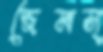
জেমস্